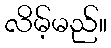
လိမ့်မည်။